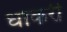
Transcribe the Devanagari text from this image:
धाकरी